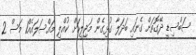
ސަބްސިޑީ ދޭގޮތަށް ގެނައި ބަދަލާ ގުޅިގެން މަޖިލީހަށް ކުއްލި މައްސަލައެއް1 މަސް 2